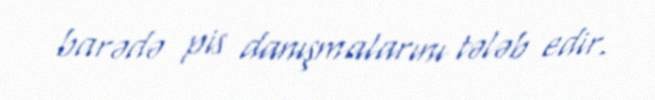
barədə pis danışmalarını tələb edir.